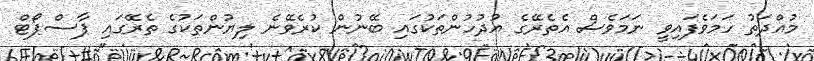
މުއްދަތު ހަމަވެފައިވީ ނަމަވެސް އެތެރޭގެ އުދުހުންތަކުގައި ބޭނުން ކުރެވޭނެ ލިޔުންތަކުގެ ތެރޭގައި ޕާސްޕޯޓް